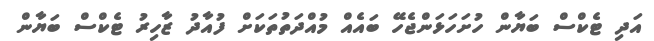
އަދި ޓެކްސް ބަޔާން ހުށަހަޅަންޖެހޭ ބައެއް މުއްދަތުތަކަށް ފުއާދު ޒާހިރު ޓެކްސް ބަޔާން